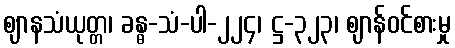
ဈာနသံယုတ္တ၊ ခန္ဓ-သံ-ပါ-၂၂၄၊ ဋ္ဌ-၃၂၃၊ ဈာန်ဝင်စားမှု